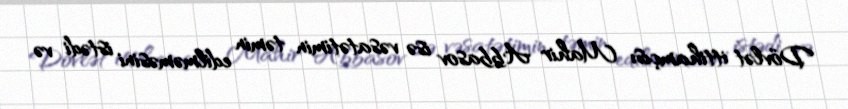
Dövlət ittihamçısı Mahir Abbasov isə vəsatətimin təmin edilməməsini istədi və